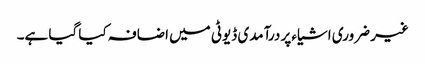
غیر ضروری اشیاء پر درآمدی ڈیوٹی میں اضافہ کیا گیا ہے۔